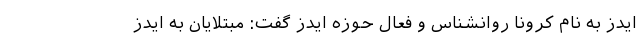
ایدز به نام کرونا روانشناس و فعال حوزه ایدز گفت: مبتلایان به ایدز